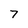
Character: 7